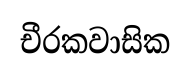
චීරකවාසික